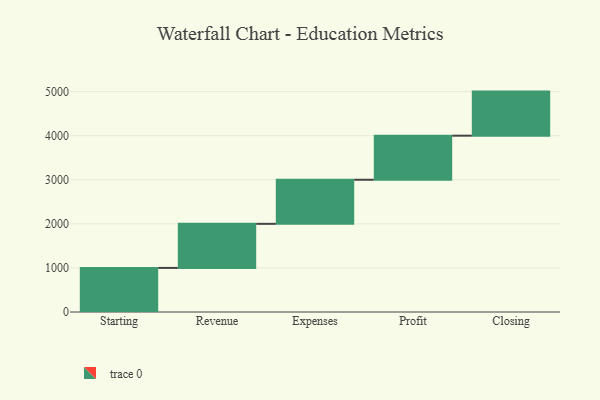
{"axis": {"x": "Step", "y": "Value"}, "legend": [""], "data": [{"x": "Starting", "y": 1000, "type": ""}, {"x": "Revenue", "y": 1000, "type": ""}, {"x": "Expenses", "y": 1000, "type": ""}, {"x": "Profit", "y": 1000, "type": ""}, {"x": "Closing", "y": 1000, "type": ""}]}